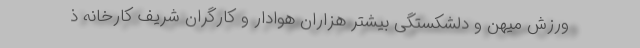
ورزش میهن و دلشکستگی بیشتر هزاران هوادار و کارگران شریف کارخانه ذ